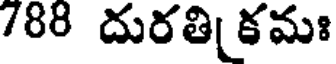
788 దురతి కమః